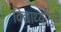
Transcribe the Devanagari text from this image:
विद्यार्थ्यांमुळे